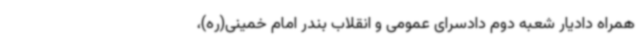
همراه دادیار شعبه دوم دادسرای عمومی و انقلاب بندر امام خمینی(ره)،